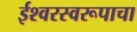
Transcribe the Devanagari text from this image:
ईश्वरस्वरूपाचा